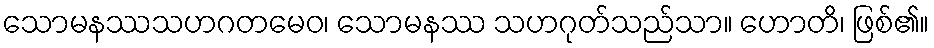
သောမနဿသဟဂတမေဝ၊ သောမနဿ သဟဂုတ်သည်သာ။ ဟောတိ၊ ဖြစ်၏။